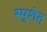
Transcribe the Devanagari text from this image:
स्पृशेत्